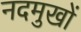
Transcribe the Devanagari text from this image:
नदमुखों